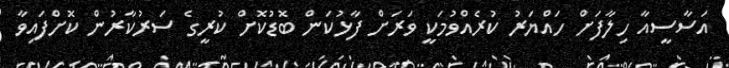
އަސާސީއާ ހިލާފަށް ހައްޔަރު ކުރެއްވުމަކީ ވަރަށް ފާޅުކަން ބޮޑުކޮށް ކުރީގެ ސަރުކާރުން ކޮށްފައިވާ